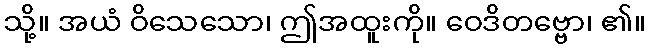
သို့။ အယံ ဝိသေသော၊ ဤအထူးကို။ ဝေဒိတဗ္ဗော၊ ၏။